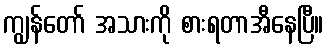
ကျွန်တော် အသားကို စားရတာအီနေပြီ။